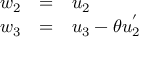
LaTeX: \begin{array} { l c l } { { w _ { 2 } } } & { { = } } & { { u _ { 2 } } } \\ { { w _ { 3 } } } & { { = } } & { { u _ { 3 } - \theta u _ { 2 } ^ { ' } } } \end{array}